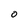
Character: 0